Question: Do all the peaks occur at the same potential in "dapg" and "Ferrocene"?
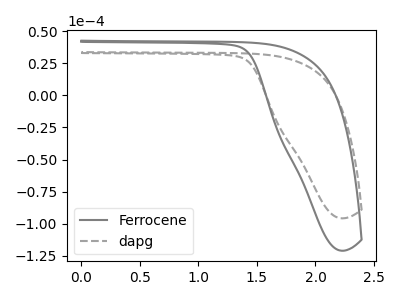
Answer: <think>The gray curve "Ferrocene" has no peaks. The gray dashed curve "dapg" has no peaks.</think>
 <answer>Niether CV has any peaks.</answer>
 <eval>blanks</eval>